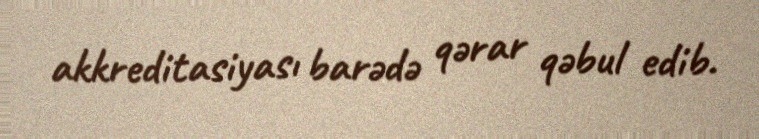
akkreditasiyası barədə qərar qəbul edib.